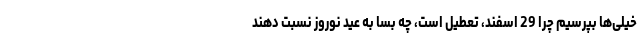
خیلی‌ها بپرسیم چرا 29 اسفند، تعطیل است، چه بسا به عید نوروز نسبت دهند